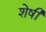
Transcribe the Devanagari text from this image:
शेषी